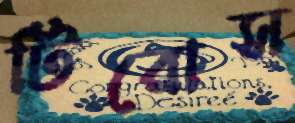
টিরোস